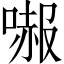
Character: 𠼶